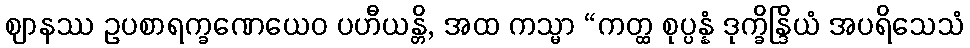
ဈာနဿ ဥပစာရက္ခဏေယေဝ ပဟီယန္တိ, အထ ကသ္မာ “ကတ္ထ စုပ္ပန္နံ ဒုက္ခိန္ဒြိယံ အပရိသေသံ